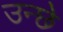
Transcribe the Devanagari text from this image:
उन्छे